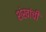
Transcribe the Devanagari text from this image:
शंखांची